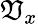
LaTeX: {\mathfrak{V}}_{x}